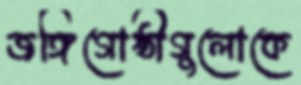
জঙ্গিগোষ্ঠীগুলোকে